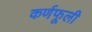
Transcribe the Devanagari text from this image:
कर्णफूली